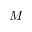
\boldsymbol { M }